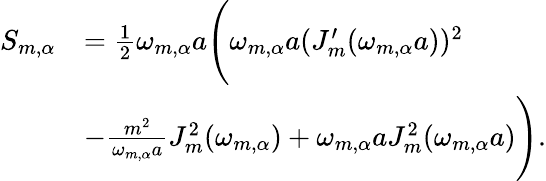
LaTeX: \begin{array}{rl}{S_{m,\alpha}}&{=\frac{1}{2}\omega_{m,\alpha}a\Bigg(\omega_{m,\alpha}a(J_{m}^{\prime}(\omega_{m,\alpha}a))^{2}}\\ &{-\frac{m^{2}}{\omega_{m,\alpha}a}J_{m}^{2}(\omega_{m,\alpha})+\omega_{m,\alpha}aJ_{m}^{2}(\omega_{m,\alpha}a)\Bigg).}\end{array}